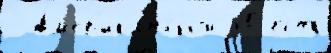
 Ам'ер'ика́нской 80 есть